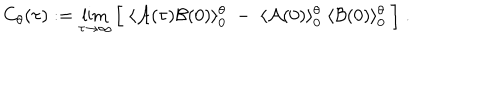
C _ { \theta } ( \tau ) : = \lim _ { \tau \rightarrow \infty } \Big [ \; \langle { \cal A } ( \tau ) { \cal B } ( 0 ) \rangle _ { 0 } ^ { \theta } \; - \; \langle { \cal A } ( 0 ) \rangle _ { 0 } ^ { \theta } \; \langle { \cal B } ( 0 ) \rangle _ { 0 } ^ { \theta } \; \Big ] \; .